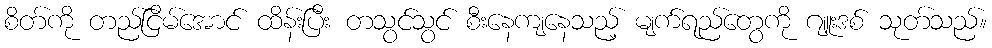
စိတ်ကို တည်ငြိမ်အောင် ထိန်းပြီး တသွင်သွင် စီးနေကျနေသည့် မျက်ရည်တွေကို ဂျူးဒစ် သုတ်သည်။